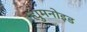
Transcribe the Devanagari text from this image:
ह्युमनोइड